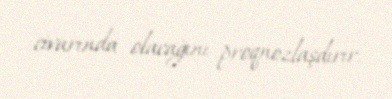
civarında olacağını proqnozlaşdırır.